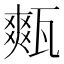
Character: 㼽